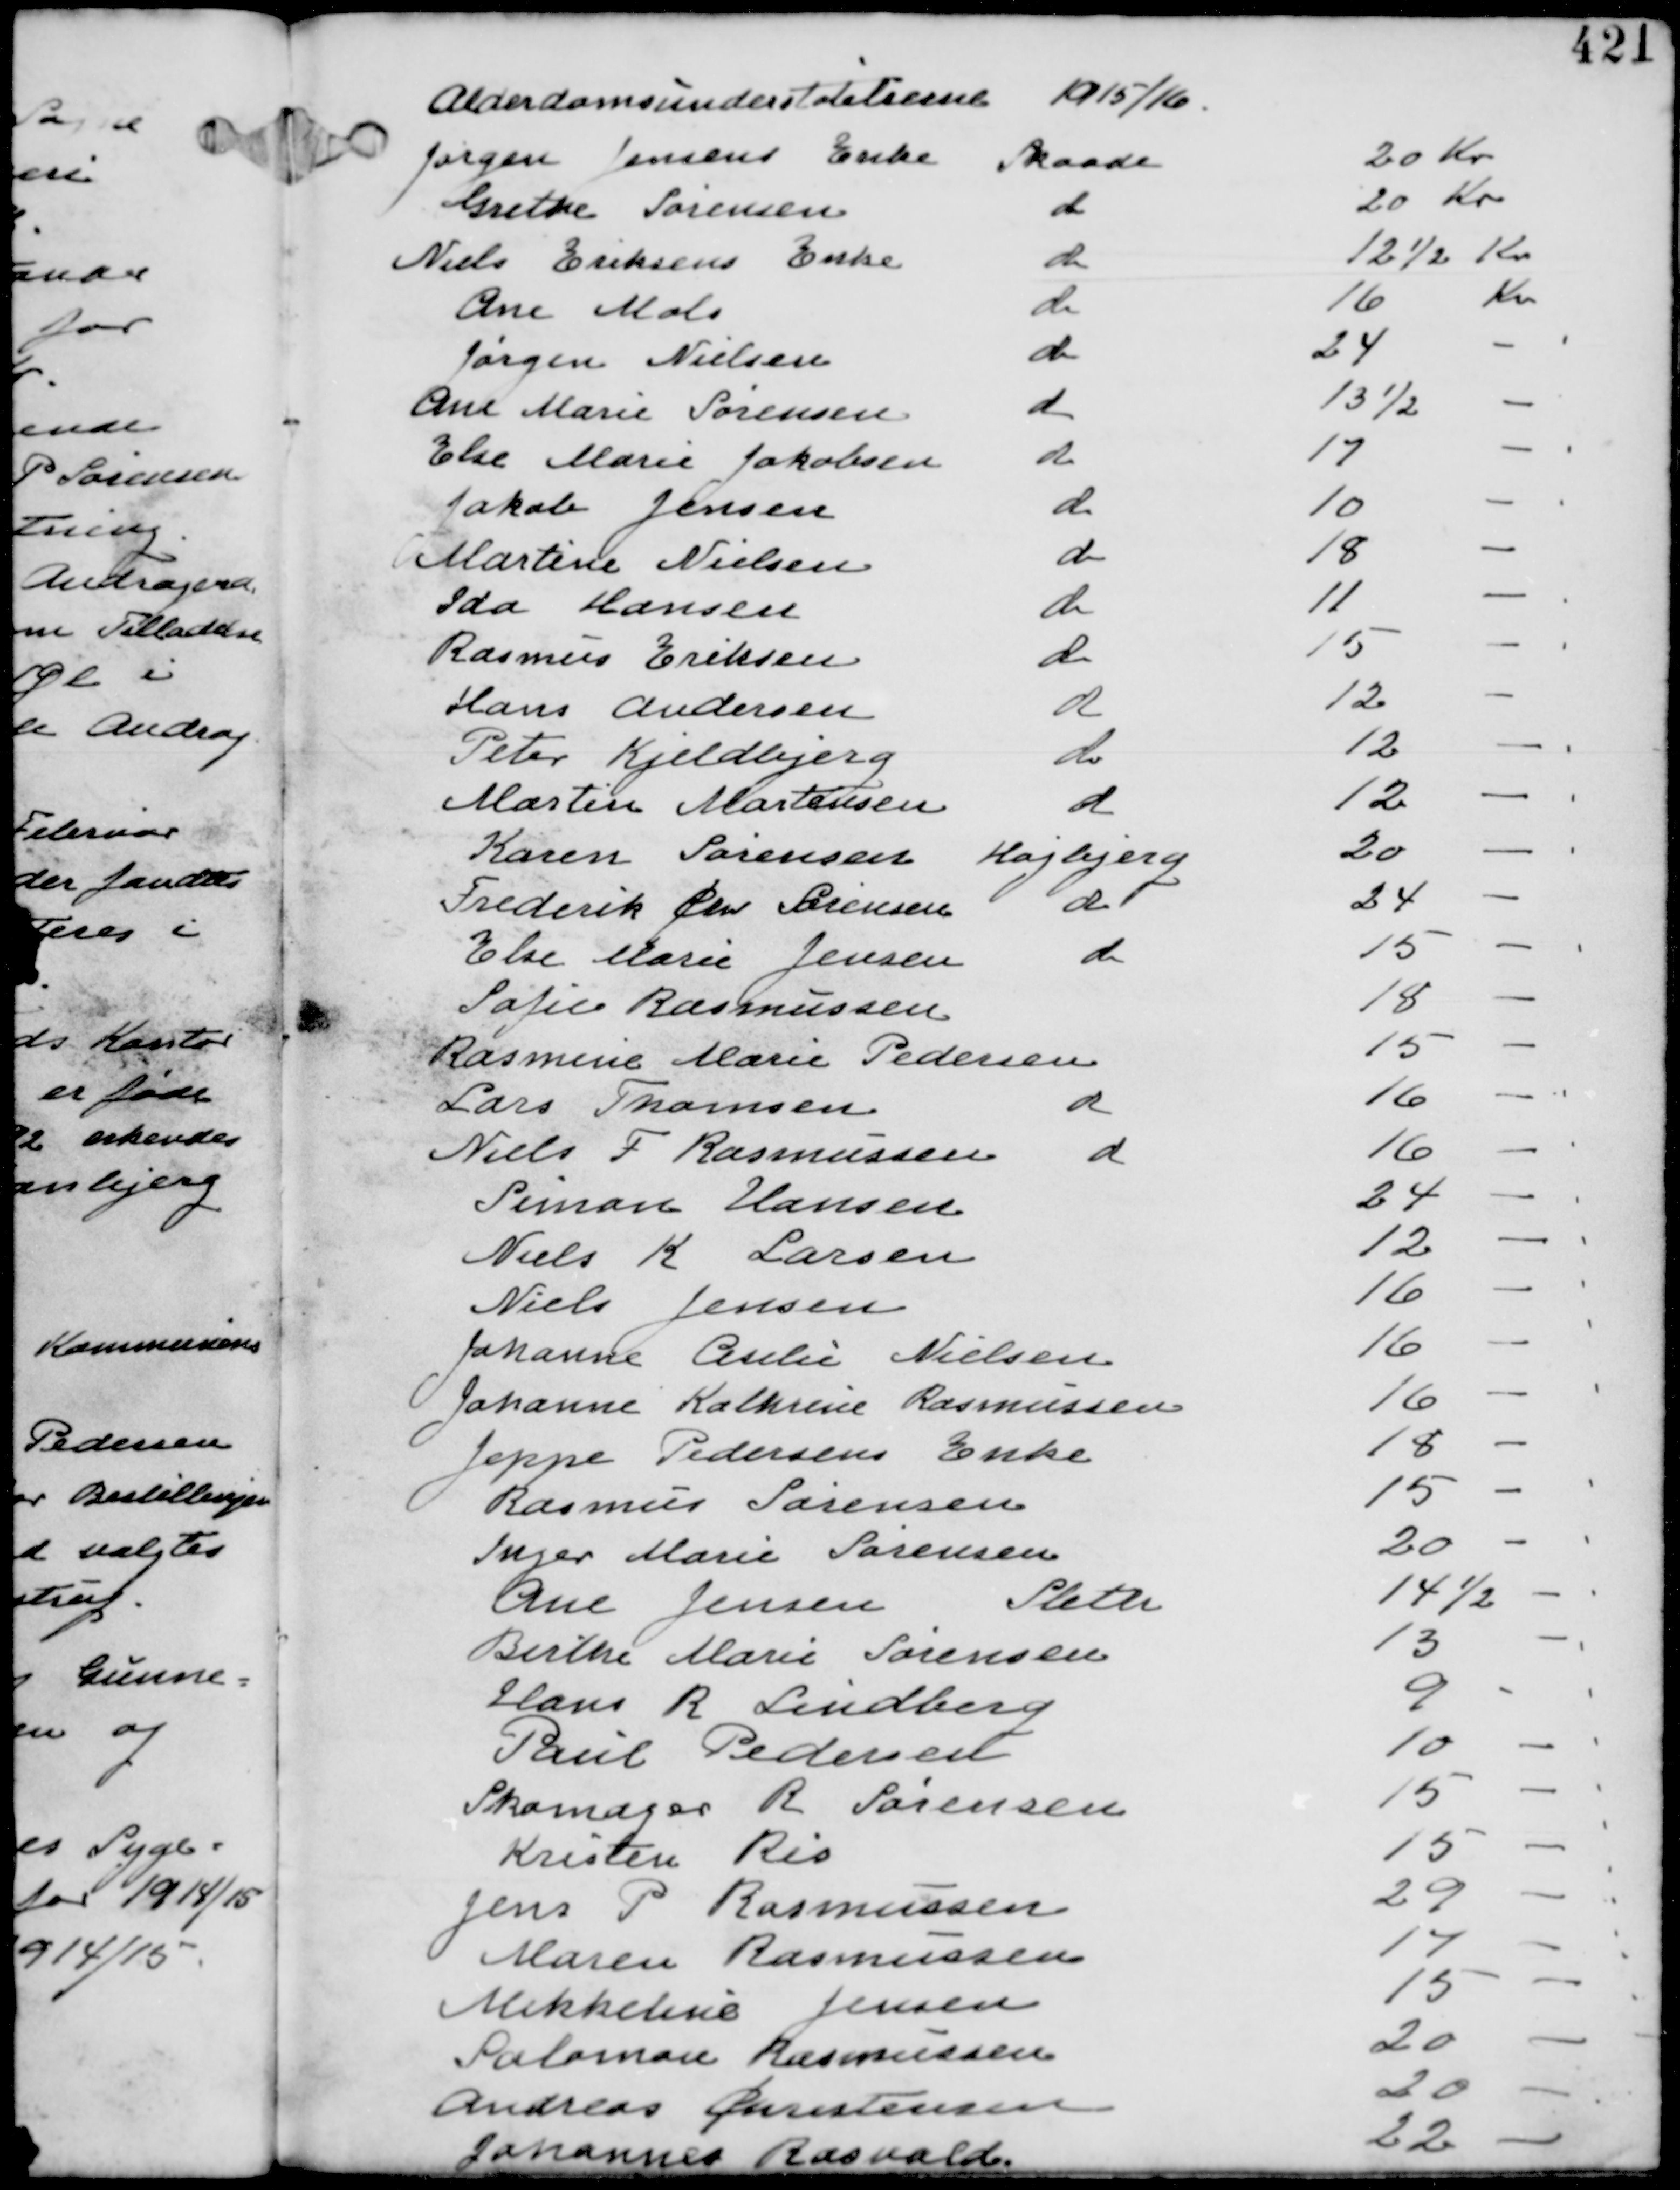
Transskription:
Alderdomsunderstøttelserne 1915/16
Jørgen Jensens Enke Skaade 20 Kr
Grethe Sørensen do 20 Kr
Niels Eriksens Enke do 12½ Kr
Ane Mols do 16 Kr
Jørgen Nielsen do 24 -
Ane Marie Sørensen do 12½ -
Else Marie Jakobsen do 17 -
Jakob Jensen do 10 -
Martine Nielsen do 18 -
Ida Hansen do 11 Kr -
Rasmus Eriksen do 15 -
Hans Andersen do 12 -
Peter Kjeldbjerg do 12 -
Martin Mortensen do 12 -
Karen Sørensen Højbjerg 20 -
Frederik Chr Sørensen do 24 -
Else Marie Jensen do 15 -
Sofie Rasmussen 18 -
Rasmine Marie Pedersen 15 -
Lars Thomsen do 16 -
Niels Rasmussen do 16 -
Simon Hansen 24 -
Niels K Larsen 12 -
Niels Jensen 16 -
Johanne Cesilie Nielsen 16 -
Johanne Kathrine Rasmussen 16 -
Jeppe Pedersens Enke 18 -
Rasmus Sørensen 15 -
Inger Marie Sørensen 20 -
Ane Jensen Sleth 14½ -
Birthe Marie Sørensen 13 -
Hans R Lindberg 9 -
Paul Pedersen 10 -
Skomager R Sørensen 15 -
Kristen Ris 15 -
Jens P Rasmussen 29 -
Maren Rasmussen 14 -
Mikkeline Jensen 15 -
Salomon Rasmussen 20 -
Andreas Christensen 20 -
Johanne Rasvald 22 -